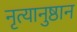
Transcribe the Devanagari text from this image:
नृत्यानुष्ठान